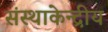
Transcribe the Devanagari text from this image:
संस्थाकेन्द्रीय